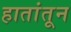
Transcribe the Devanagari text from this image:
हातांतून